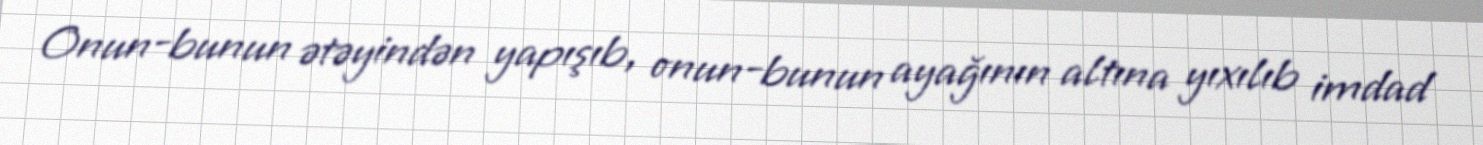
Onun-bunun ətəyindən yapışıb, onun-bunun ayağının altına yıxılıb imdad